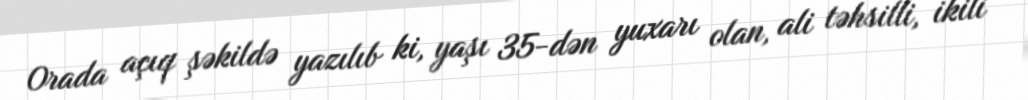
Orada açıq şəkildə yazılıb ki, yaşı 35-dən yuxarı olan, ali təhsilli, ikili